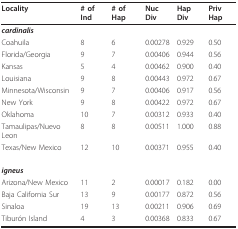
<table><thead><tr><td><b>Locality</b></td><td><b># of Ind</b></td><td><b># of Hap</b></td><td><b>Nuc Div</b></td><td><b>Hap Div</b></td><td><b>Priv Hap</b></td></tr></thead><tbody><tr><td><b><i>cardinalis</i></b></td><td></td><td></td><td></td><td></td><td></td></tr><tr><td>Coahuila</td><td>8</td><td>6</td><td>0.00278</td><td>0.929</td><td>0.50</td></tr><tr><td>Florida/Georgia</td><td>9</td><td>7</td><td>0.00406</td><td>0.944</td><td>0.56</td></tr><tr><td>Kansas</td><td>5</td><td>4</td><td>0.00462</td><td>0.900</td><td>0.40</td></tr><tr><td>Louisiana</td><td>9</td><td>8</td><td>0.00443</td><td>0.972</td><td>0.67</td></tr><tr><td>Minnesota/Wisconsin</td><td>9</td><td>7</td><td>0.00406</td><td>0.917</td><td>0.56</td></tr><tr><td>New York</td><td>9</td><td>8</td><td>0.00422</td><td>0.972</td><td>0.67</td></tr><tr><td>Oklahoma</td><td>10</td><td>7</td><td>0.00312</td><td>0.933</td><td>0.40</td></tr><tr><td>Tamaulipas/Nuevo Leon</td><td>8</td><td>8</td><td>0.00511</td><td>1.000</td><td>0.88</td></tr><tr><td>Texas/New Mexico</td><td>12</td><td>10</td><td>0.00371</td><td>0.955</td><td>0.40</td></tr><tr><td><b><i>igneus</i></b></td><td></td><td></td><td></td><td></td><td></td></tr><tr><td>Arizona/New Mexico</td><td>11</td><td>2</td><td>0.00017</td><td>0.182</td><td>0.00</td></tr><tr><td>Baja California Sur</td><td>13</td><td>9</td><td>0.00177</td><td>0.872</td><td>0.56</td></tr><tr><td>Sinaloa</td><td>19</td><td>13</td><td>0.00211</td><td>0.906</td><td>0.69</td></tr><tr><td>Tiburón Island</td><td>4</td><td>3</td><td>0.00368</td><td>0.833</td><td>0.67</td></tr></tbody></table>